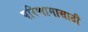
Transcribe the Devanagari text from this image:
परिणामासाठी